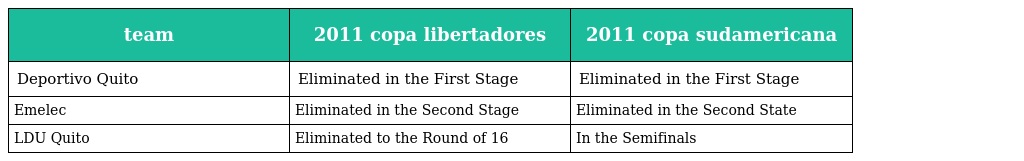
| team | 2011 copa libertadores | 2011 copa sudamericana |
 | --- | --- | --- |
 | Deportivo Quito | Eliminated in the First Stage | Eliminated in the First Stage |
 | Emelec | Eliminated in the Second Stage | Eliminated in the Second State |
 | LDU Quito | Eliminated to the Round of 16 | In the Semifinals |